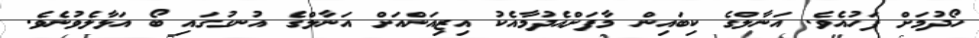
ހޯދުމަށް ފަހުއެވެ. އަނާލްގެ ކިބައިން މާފަށްއެދުމާއެކު އިޒިއަންއަށް އަނާލްގެ އުނގުގައި ބޯ އަޅާލެވުނެވެ.